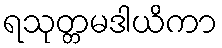
ရသုတ္တမဒါယိကာ